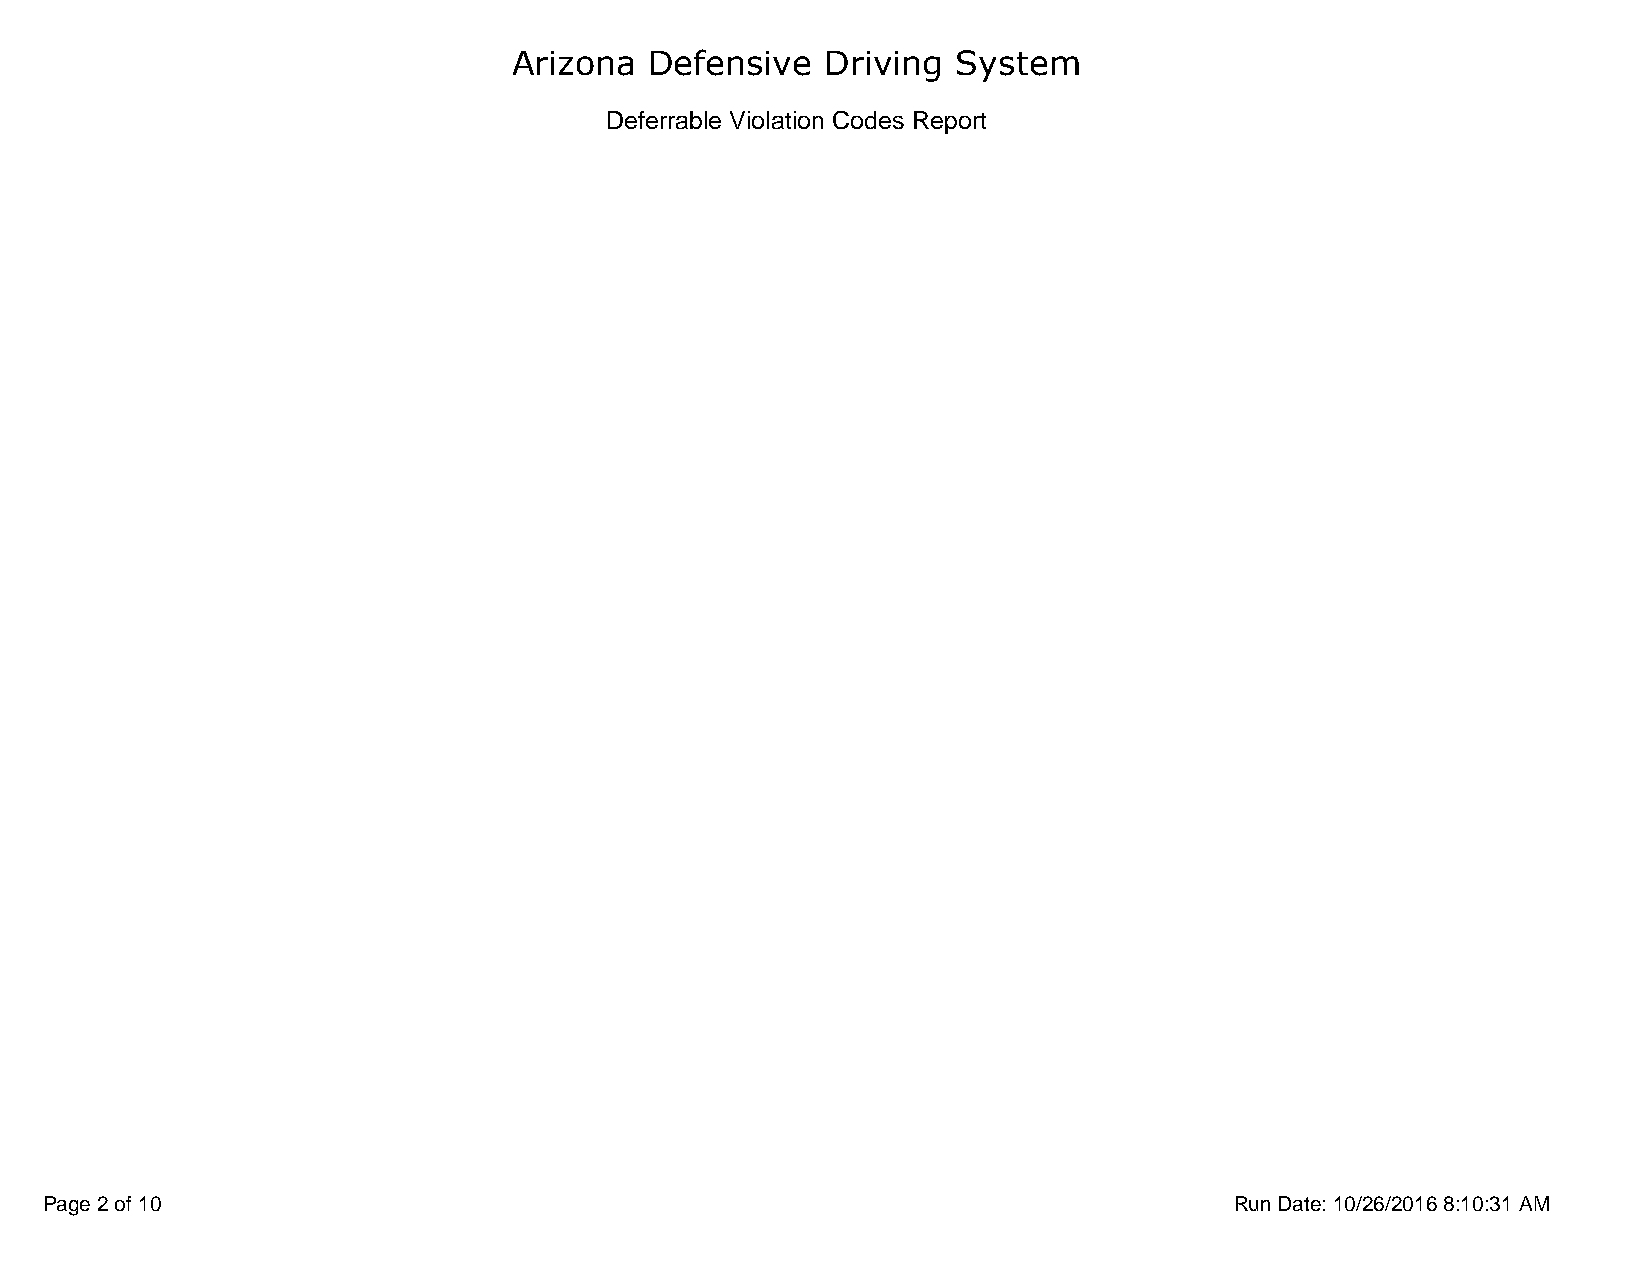
Arizona  Defensive   Driving System
 Deferrable Violation Codes Report
 Page 2 of 10                                                                   Run Date: 10/26/2016 8:10:31 AM